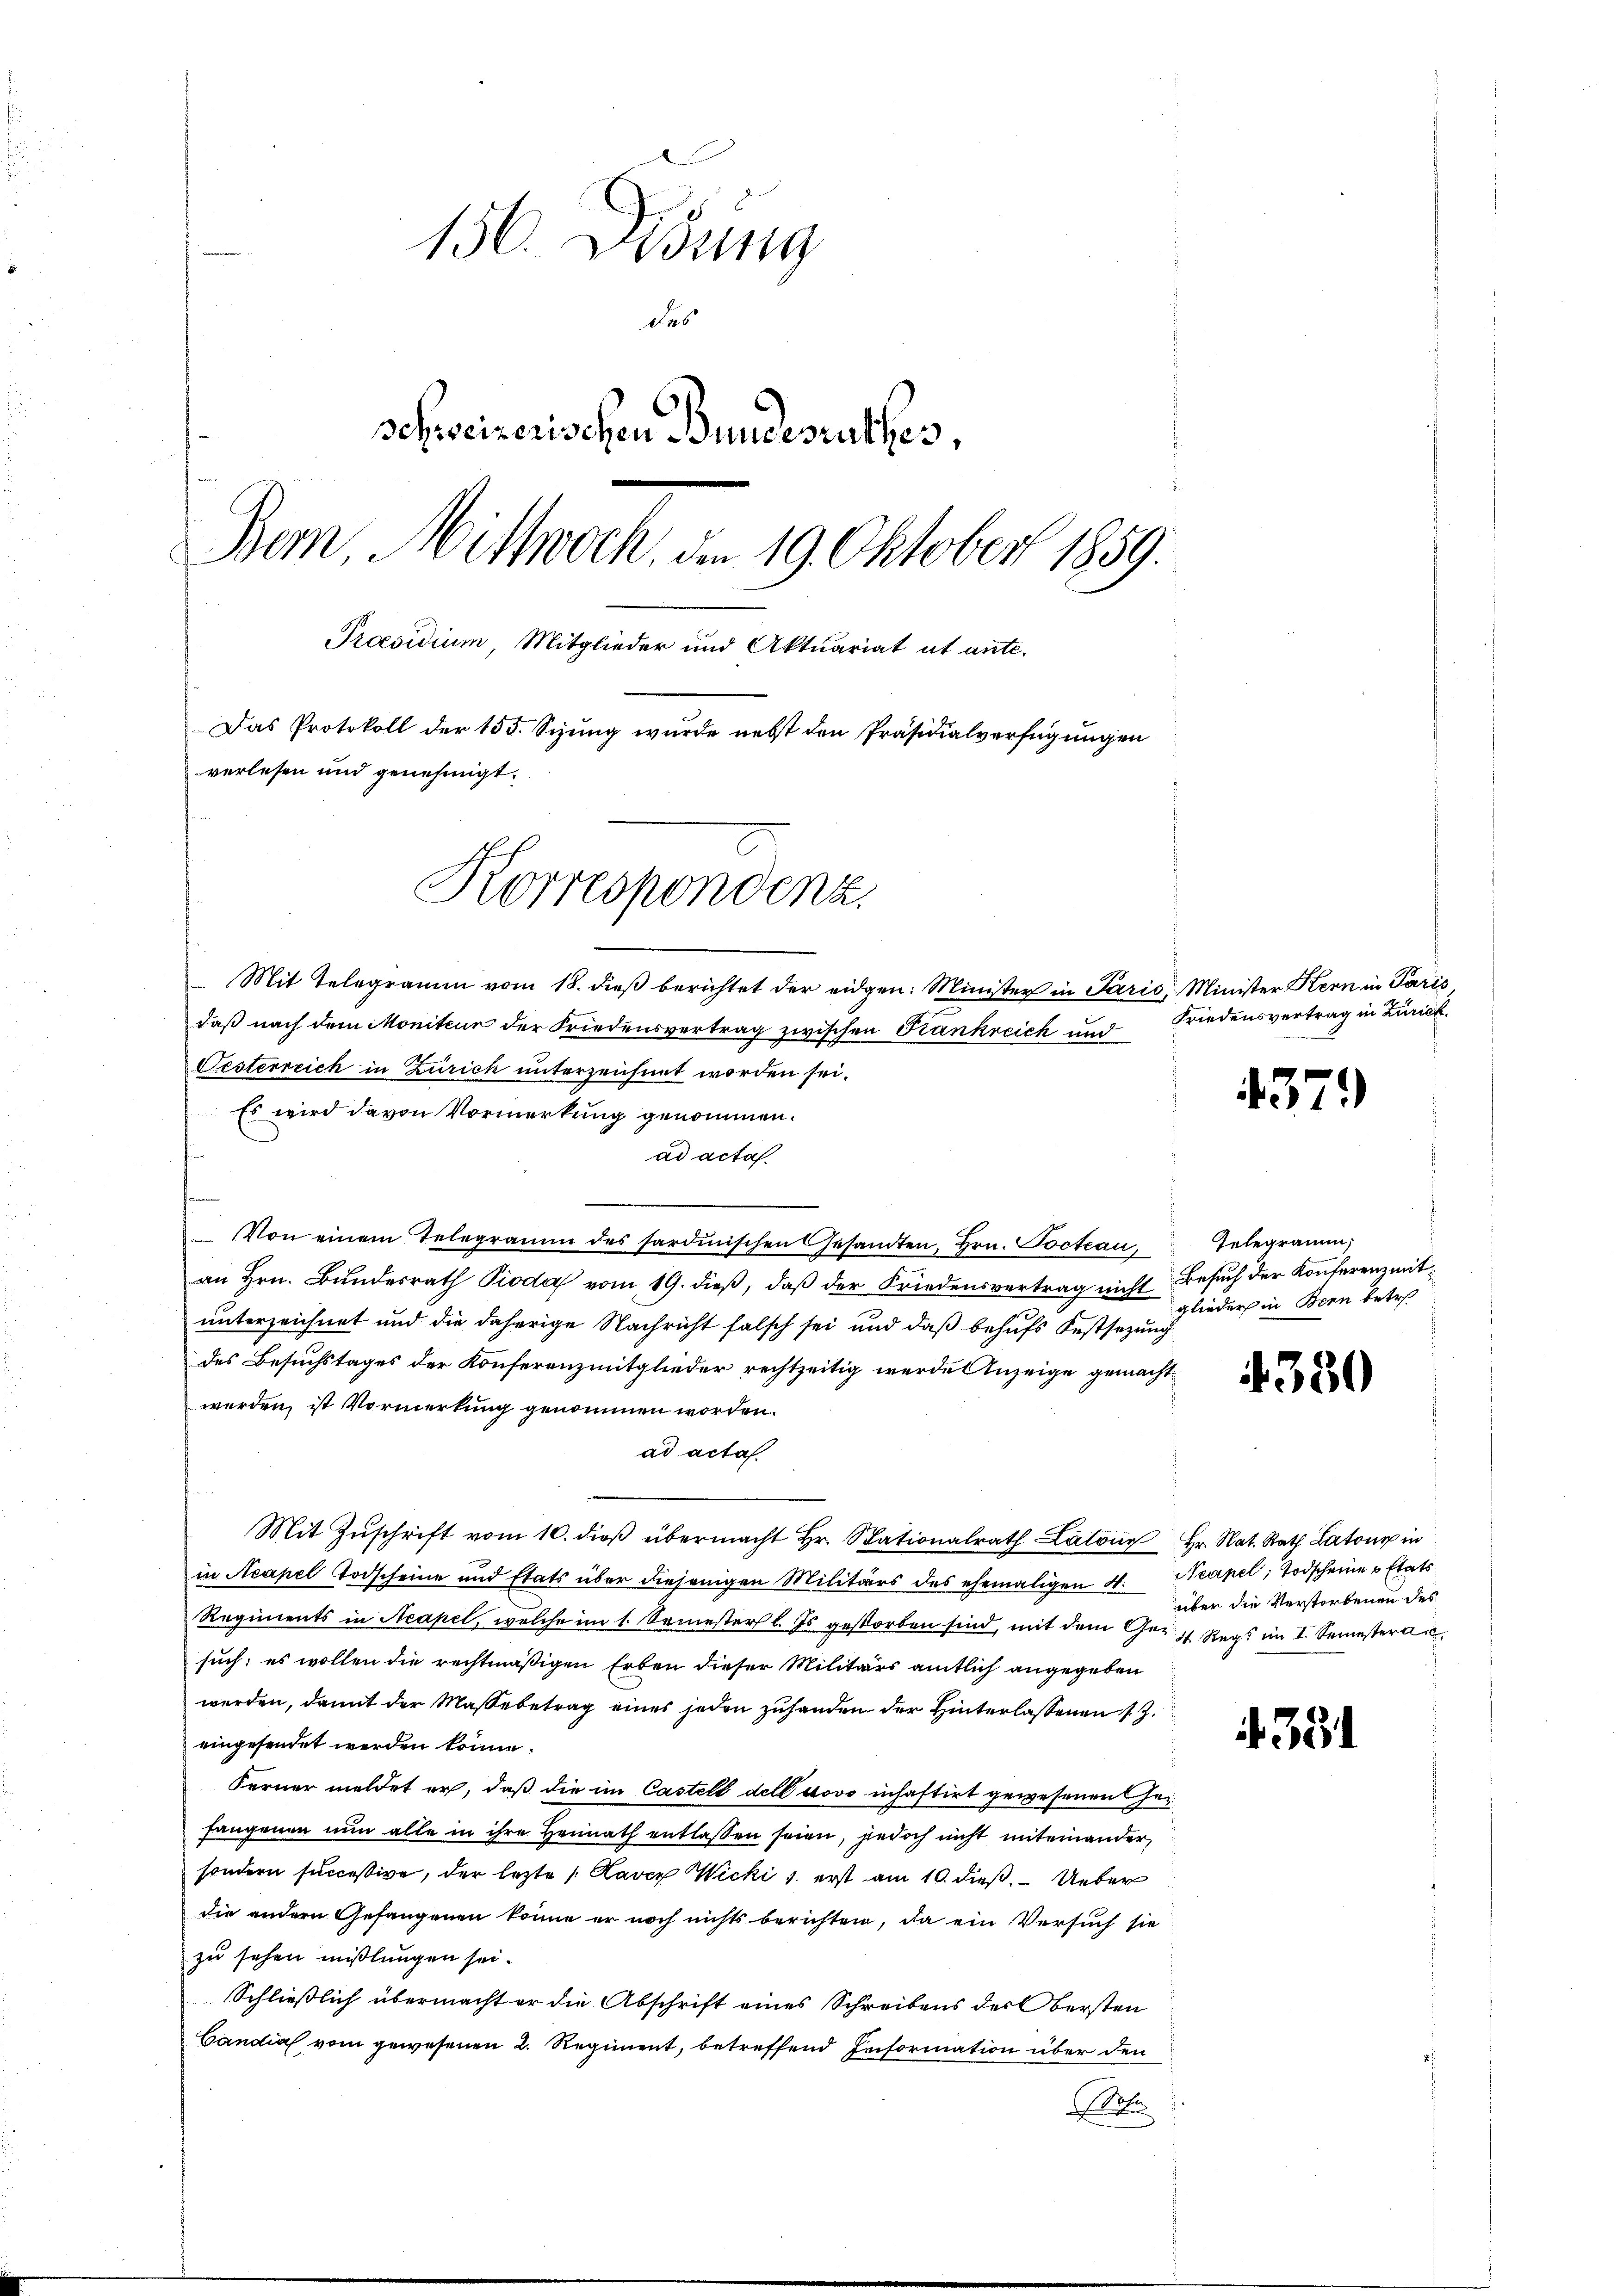
156. Didung
das
schweizerischen Bundesrathes,
Dem Mittwoch, d. 19. Oktober 1859.
Praesidium, Mitglieder und Aktuariat ut ante-
Das Protokoll der 155. Sizung wurde nebst den Präsidialverfügungen
verlesen und genehmigt.

Korrespondenz.

Mit Telegramm vom 18. dieβ berichtet der eidgen: Minister in Paris, Minister Kern in Paris
daß nach dem Monitur der Friedensvertrag zwischen Frankreich und Friedensvertrag in Zürich.
Gesterreich in Zürich unterzeichnet worden sei.
Es wird davon Vormerkung genommen.
ad acta
Von einem Telegramm des Sardinischen Gesandten, Hrn. Pocteau, Gelegramm,
an hrn. Bŭndesrath Pioda vom 19. dieβ, daβ der Friedensvertrag nicht Besuch der Konferenz mitunterzeichnet und die daherige Nachricht falsch sei und daß behufs Festsezung
des Besuchstages der Konferenzmitglieder rechtzeitig werden Anzeige gemacht.
werden, ist Vormerkung genommen worden.
ad acta
Mit Zŭschrift vom 10. dieβ übermacht Hr. Stationalrath Latoŭr Hr. Nat. Rath Latone in
in Neapel Todscheine und Etats über diejenigen Militärs des ehemaligen 4. Neapel, Todscheine u Etats
Regiments in Neapel, welche im 1. Semester l. Es gestorben sind, mit dem Ger. h. Regs im I. Semesterau
such; es wollen die rechtmäßigen Erben dieser Militärs amtlich angegeben
werden, damit der Maße betrag eines jeden zuhanden der Hinterlassenen s. Z.
eingesendet werden könne.
Ferner meldet er, daß die im Castell dell dovo inhaftirt gewesenen herfangenen nun alle in ihre Heimath entlassen seien, jedoch nicht miteinander,
sondern successive, der lezte 1 Kaver Wicki 1. erst am 10. dieß. Ueber
die andern Gefangenen könne er noch nichts berichten, da ein Versuch sie
zu sehen mißlungen sei.
Schließlich übermacht er die Abschrift eines Schreibens des Obersten
Candial vom gewesenen 2. Regiment, betreffend Information über den
it

4379

glieder in Bern betret

330

über die Verstorbenen des

4331